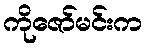
ကိုဇော်မင်းက